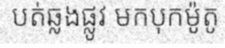
បត់ឆ្លងផ្លូវ មកបុកម៉ូតូ